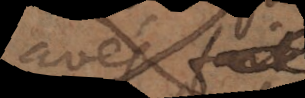
avés fait